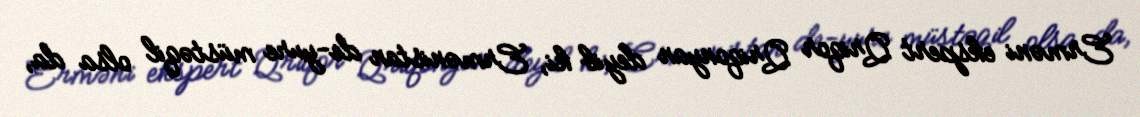
Erməni ekspert Qriqor Qriqonyan deyib ki, Ermənistan de-yure müstəqil olsa da,